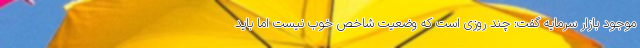
موجود بازار سرمایه گفت: چند روزی است که وضعیت شاخص خوب نیست اما باید